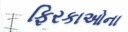
ફિરકાઓના